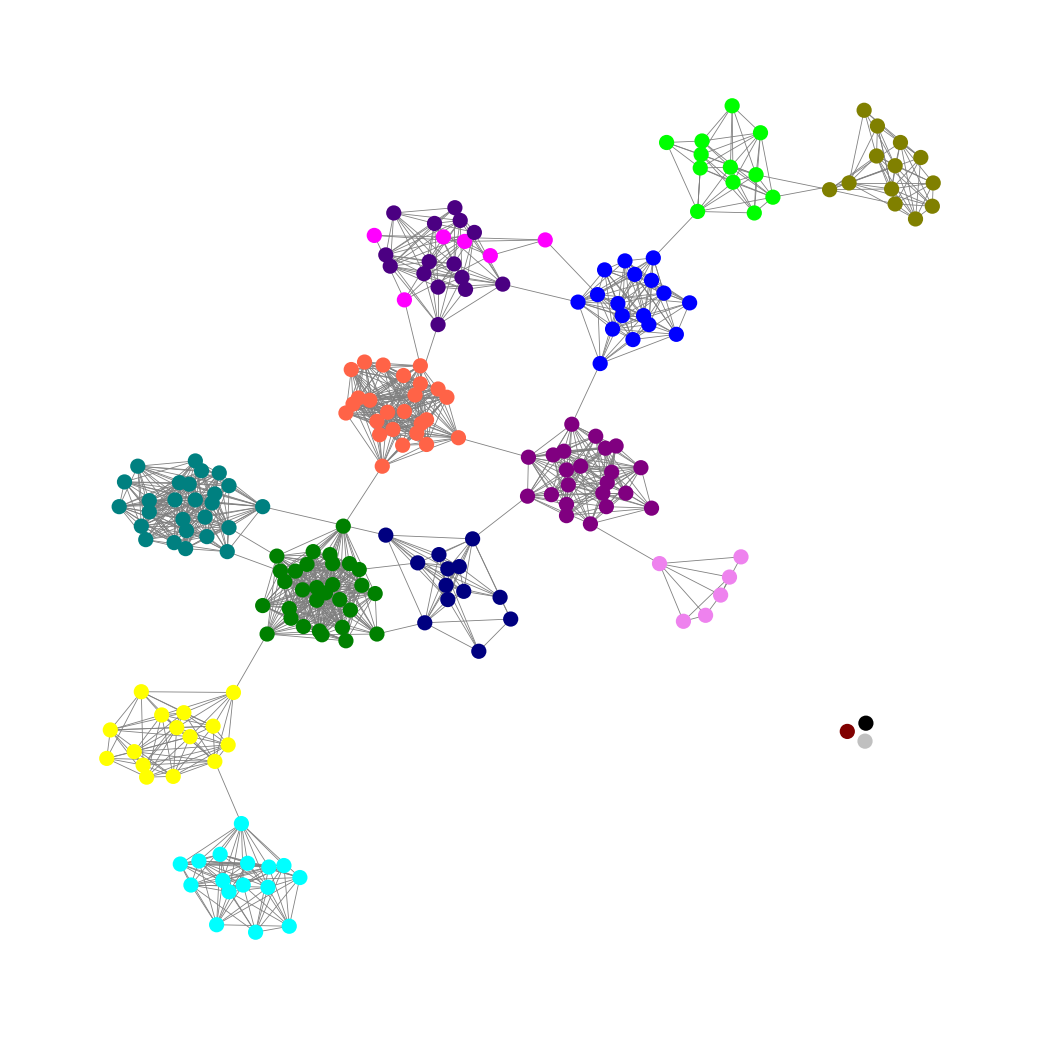
Graph connected: No
Number of connected components: 4
Number of singletons: 3
Total number of nodes: 219
Total number of edges: 1423
Number of communities: 16
Community sizes:
Aqua: 16
Black: 1
Blue: 17
Fuchsia: 6
Green: 30
Indigo: 15
Lime: 12
Maroon: 1
Navy: 13
Olive: 13
Purple: 22
Silver: 1
Teal: 26
Tomato: 25
Violet: 6
Yellow: 15
Graph layout: tda
Graph generation method: erdos_renyi